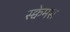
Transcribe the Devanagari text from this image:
स्क्वेमस